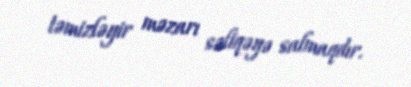
təmizləyir məzarı səliqəyə salmaqdır.